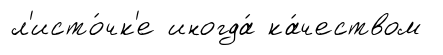
л'исто́чк'е иногда́ ка́чеством